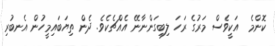
ކޮންމެ  އަކީވެސް މަރުގެ ރަހަ ލިބިގަންނާނޭ އެއްޗެކެވެ. ދެން ތިޔަބައިމީހުން އެނބުރި